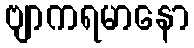
ဗျာကရမာနော